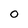
Character: O